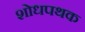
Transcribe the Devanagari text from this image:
शोधपथक